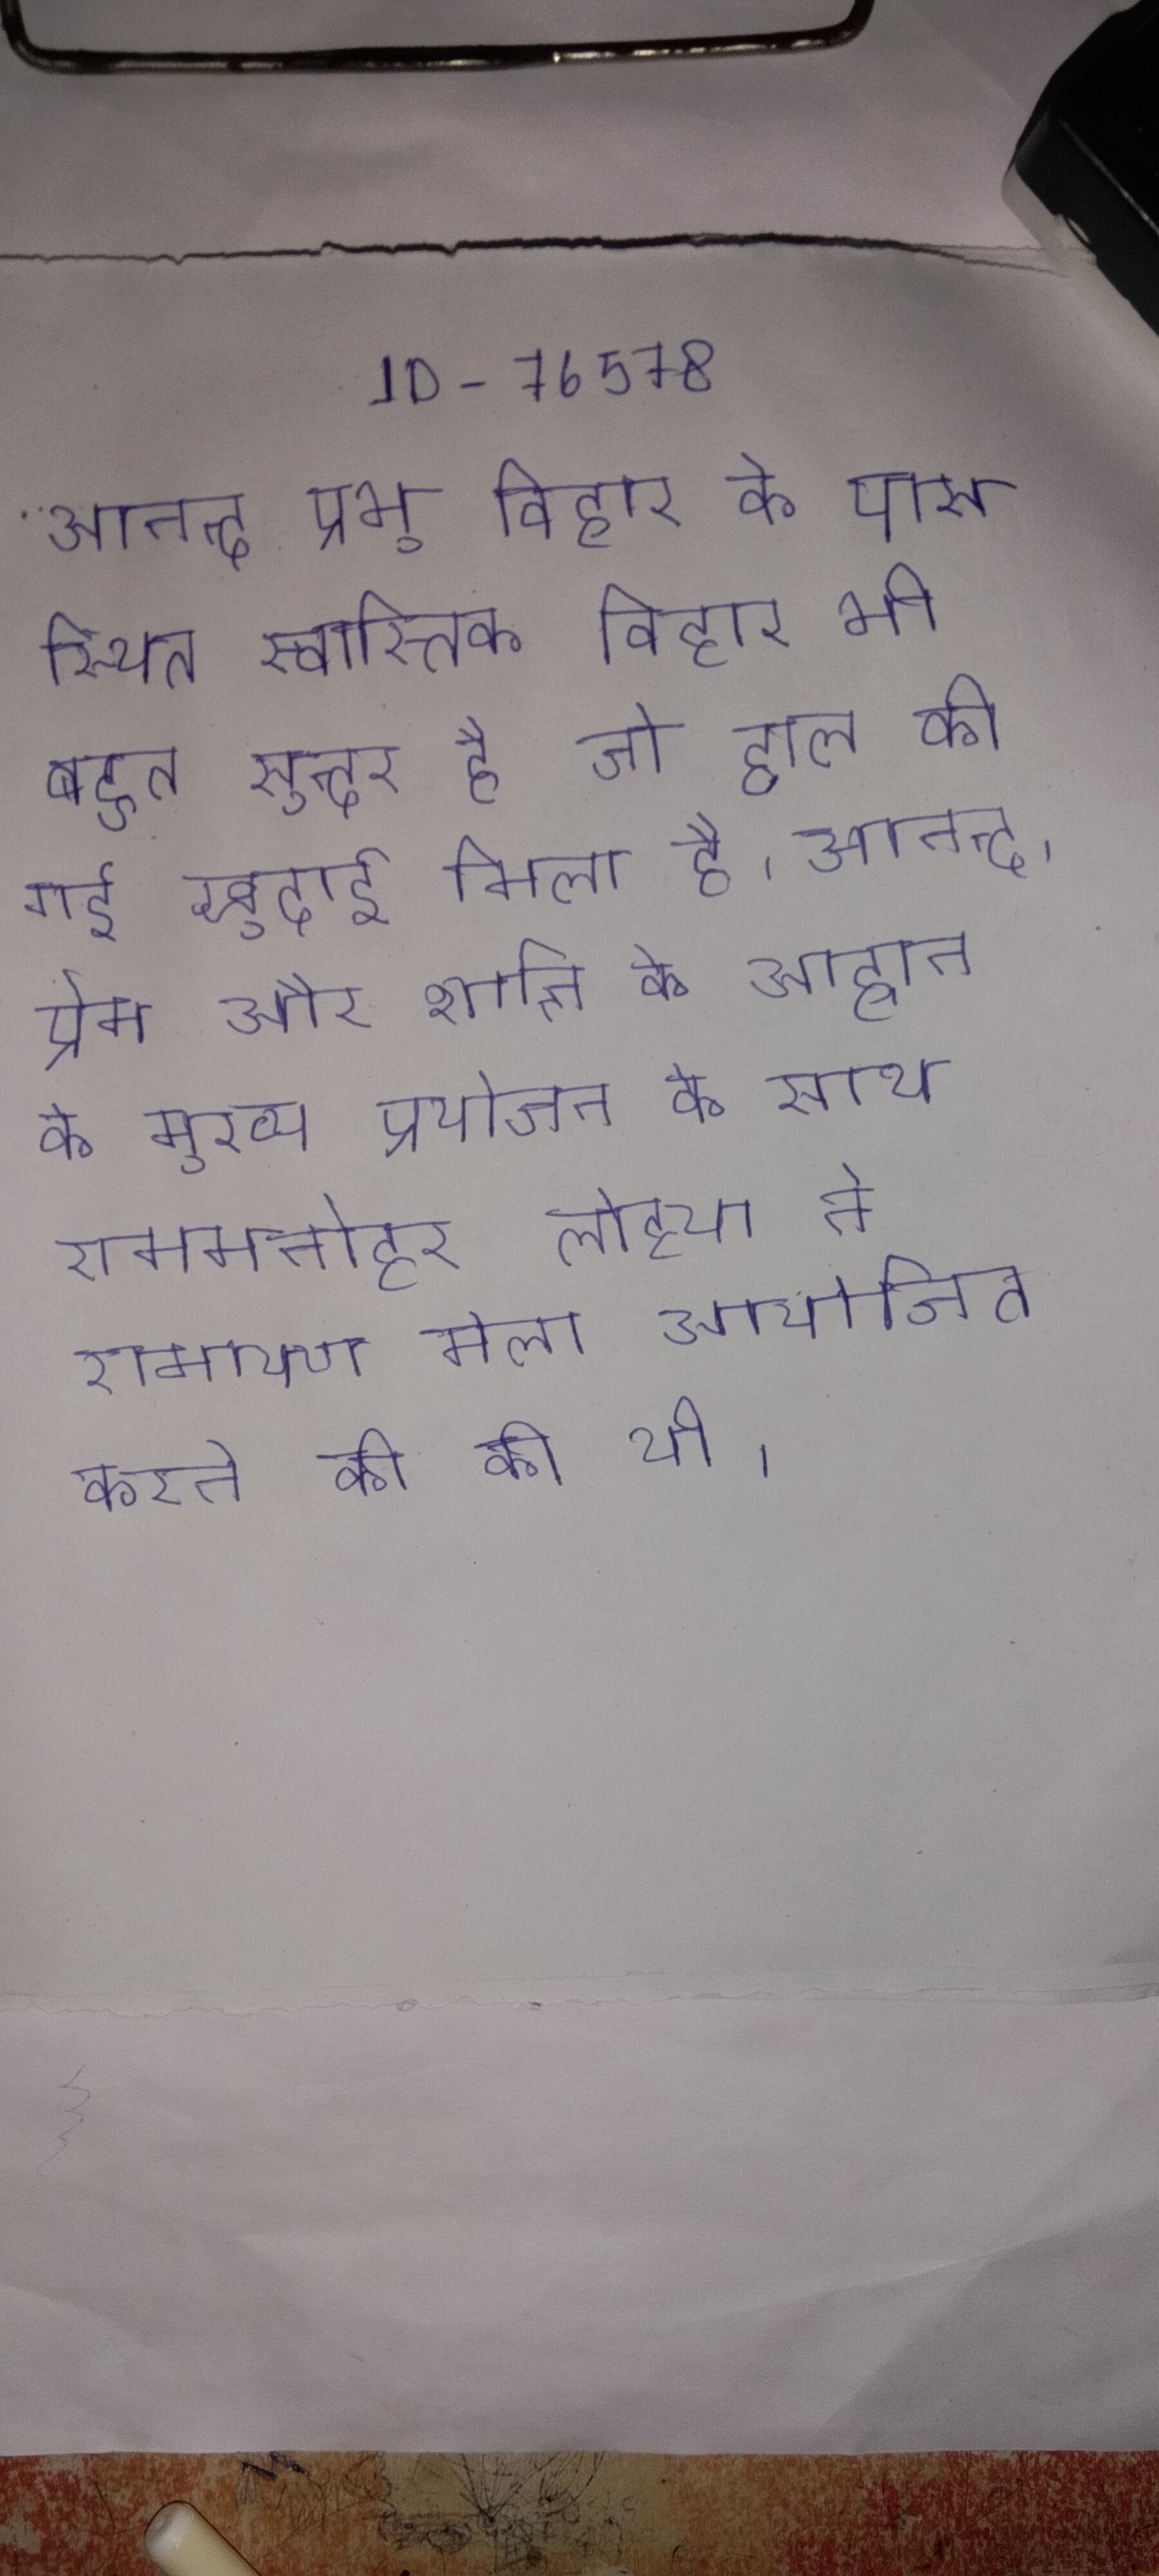
आनन्द प्रभु विहार के पास स्थित स्वास्तिक विहार भी बहुत सुन्दर है जो हाल की गई खुदाई मिला है । आनन्द, प्रेम और शान्ति के आह्वान के मुख्य प्रयोजन के साथ राममनोहर लोहिया ने रामायण मेला आयोजित करने की की थी ।